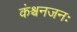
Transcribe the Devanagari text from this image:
कंश्चनजनः